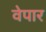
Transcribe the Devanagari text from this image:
वेपार